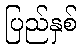
ပြည်နှစ်